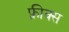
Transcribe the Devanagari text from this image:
फ़्रीक्स